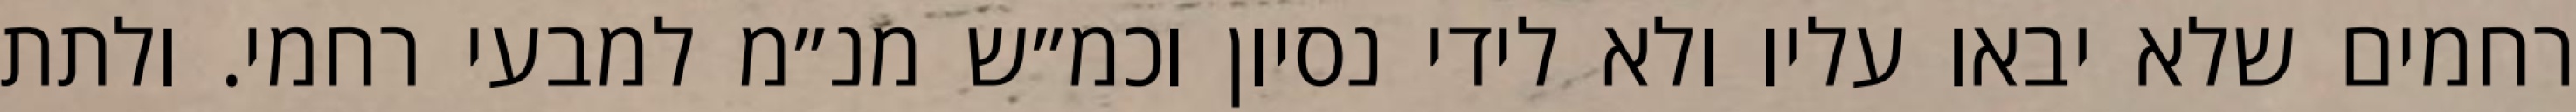
רחמים שלא יבאו עליו ולא לידי נסיון וכמ״ש מנ״מ למבעי רחמי. ולתת